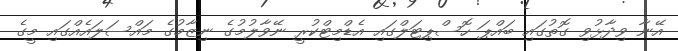
އޭނާ ވިދާޅުވި ގޮތުގައި ބައްޕަ ހޮސްޕިޓަލްގައި އެޑްމިޓްކުރީ ނޭވާލުމުގެ ނިޒާމުގެ މައްސަލައެއްގައި މީގެ